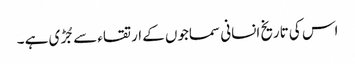
اس کی تاریخ انسانی سماجوں کے ارتقاء سے جُڑی ہے ۔